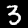
Digit: 3